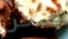
يمكن